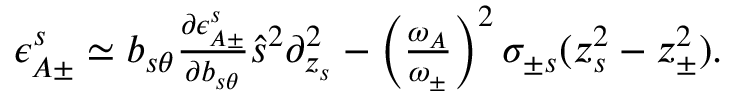
\begin{array} { r } { \epsilon _ { A \pm } ^ { s } \simeq b _ { s \theta } \frac { \partial \epsilon _ { A \pm } ^ { s } } { \partial b _ { s \theta } } \hat { s } ^ { 2 } \partial _ { z _ { s } } ^ { 2 } - \left( \frac { \omega _ { A } } { \omega _ { \pm } } \right) ^ { 2 } \sigma _ { \pm s } ( z _ { s } ^ { 2 } - z _ { \pm } ^ { 2 } ) . } \end{array}